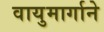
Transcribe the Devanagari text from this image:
वायुमार्गाने